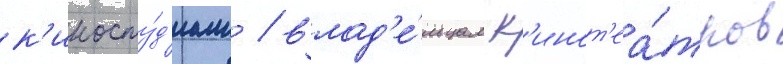
к'иносту́д'иам / влад'е́льцам к'инот'еа́тров